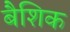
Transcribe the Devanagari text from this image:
बैशिक